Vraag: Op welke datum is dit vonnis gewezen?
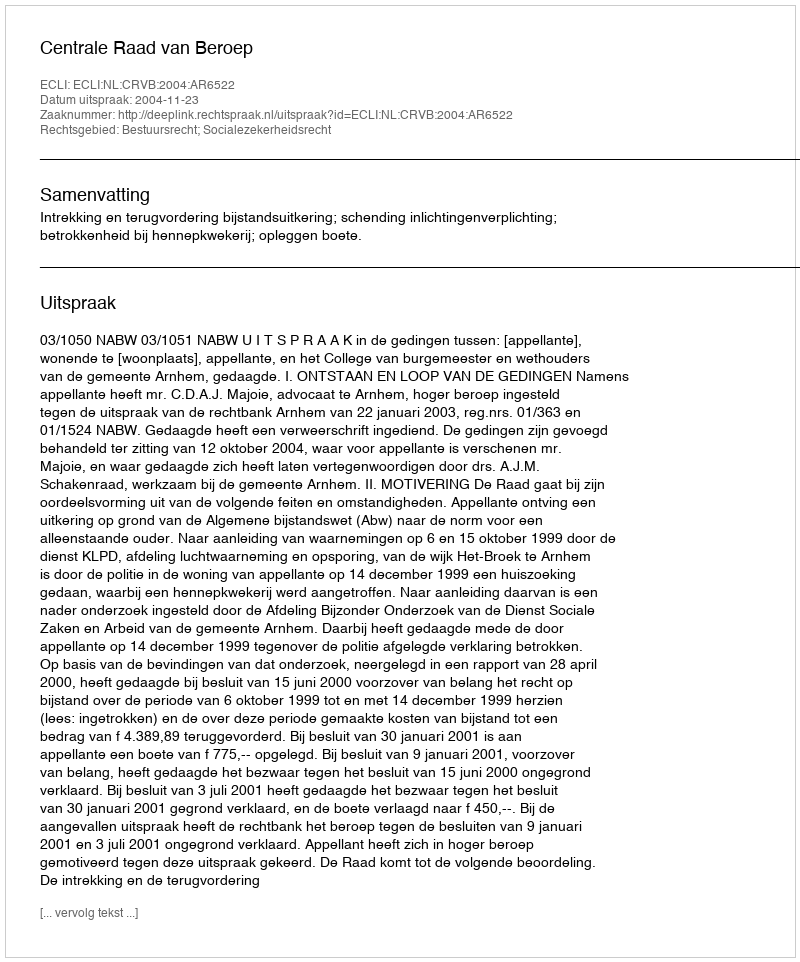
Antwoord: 2004-11-23